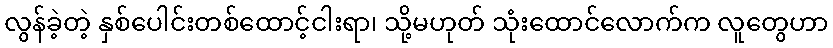
လွန်ခဲ့တဲ့ နှစ်ပေါင်းတစ်ထောင့်ငါးရာ၊ သို့မဟုတ် သုံးထောင်လောက်က လူတွေဟာ